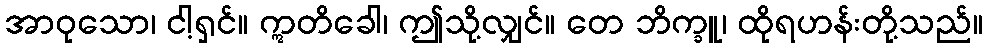
အာဝုသော၊ ငါ့ရှင်။ ဣတိခေါ၊ ဤသို့လျှင်။ တေ ဘိက္ခူ၊ ထိုရဟန်းတို့သည်။